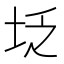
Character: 𪣇